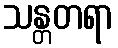
သန္တတရာ